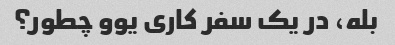
بله، در یک سفر کاری یوو چطور؟